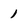
Character: 1